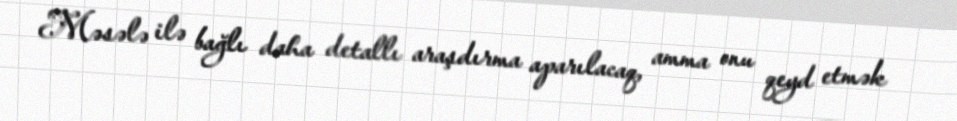
Məsələ ilə bağlı daha detallı araşdırma aparılacaq, amma onu qeyd etmək